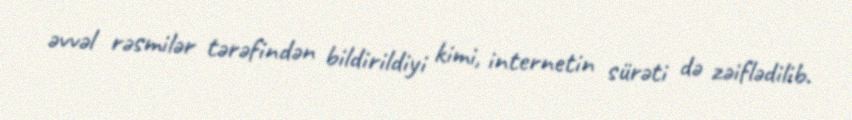
əvvəl rəsmilər tərəfindən bildirildiyi kimi, internetin sürəti də zəiflədilib.